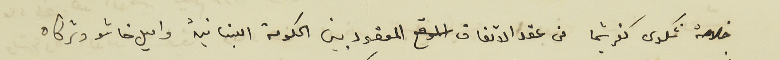
خلاصة شكوى كفرشيما من عقد الاتفاق المعقود بين الحكومة اللبنانية واميل خاشو وشركاه